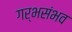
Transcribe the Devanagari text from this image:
गर्भसंभव